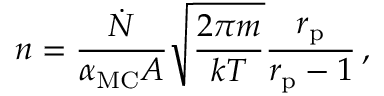
n = \frac { \dot { N } } { \alpha _ { \mathrm { M C } } A } \sqrt { \frac { 2 \pi m } { k T } } \frac { r _ { \mathrm { p } } } { r _ { \mathrm { p } } - 1 } \, ,